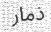
ذمار